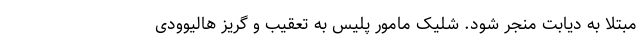
مبتلا به دیابت منجر شود. شلیک مامور پلیس به تعقیب و گریز هالیوودی